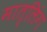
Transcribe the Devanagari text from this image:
मातृलिंग